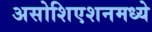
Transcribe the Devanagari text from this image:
असोशिएशनमध्ये